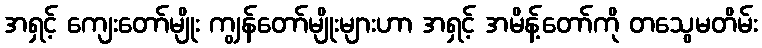
အရှင့် ကျေးတော်မျိုး ကျွန်တော်မျိုးများဟာ အရှင့် အမိန့်တော်ကို တသွေမတိမ်း